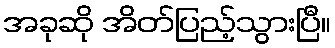
အခုဆို အိတ်ပြည့်သွားပြီ။